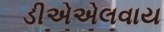
ડીએએલવાય